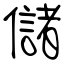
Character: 儲